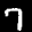
Label: 7